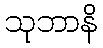
သုဘာနိ